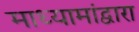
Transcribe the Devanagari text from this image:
माध्यामांद्वारा